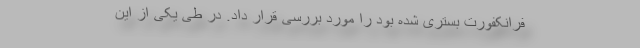
فرانکفورت بستری شده بود را مورد بررسی قرار داد. در طی یکی از این